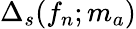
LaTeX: \Delta_{s}(f_{n};m_{a})